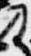
及